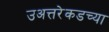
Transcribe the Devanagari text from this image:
उअत्तरेकडच्या